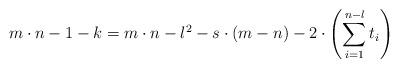
LaTeX: \begin{align*} m\cdot n - 1 - k = m\cdot n - l^2 - s\cdot(m-n) - 2\cdot \left(\sum_{i=1}^{n-l}t_i \right) \end{align*}